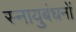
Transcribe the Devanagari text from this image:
स्नायुबंधनों